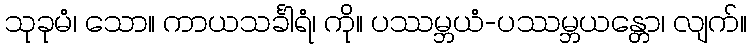
သုခုမံ၊ သော။ ကာယသင်္ခါရံ၊ ကို။ ပဿမ္ဘယံ-ပဿမ္ဘယန္တော၊ လျက်။